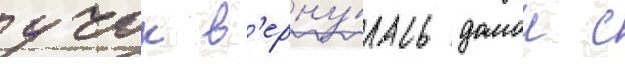
учок в'ерну́лась домои с